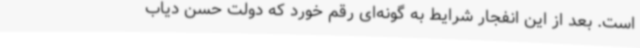
است. بعد از این انفجار شرایط به گونه‌ای رقم خورد که دولت حسن دیاب